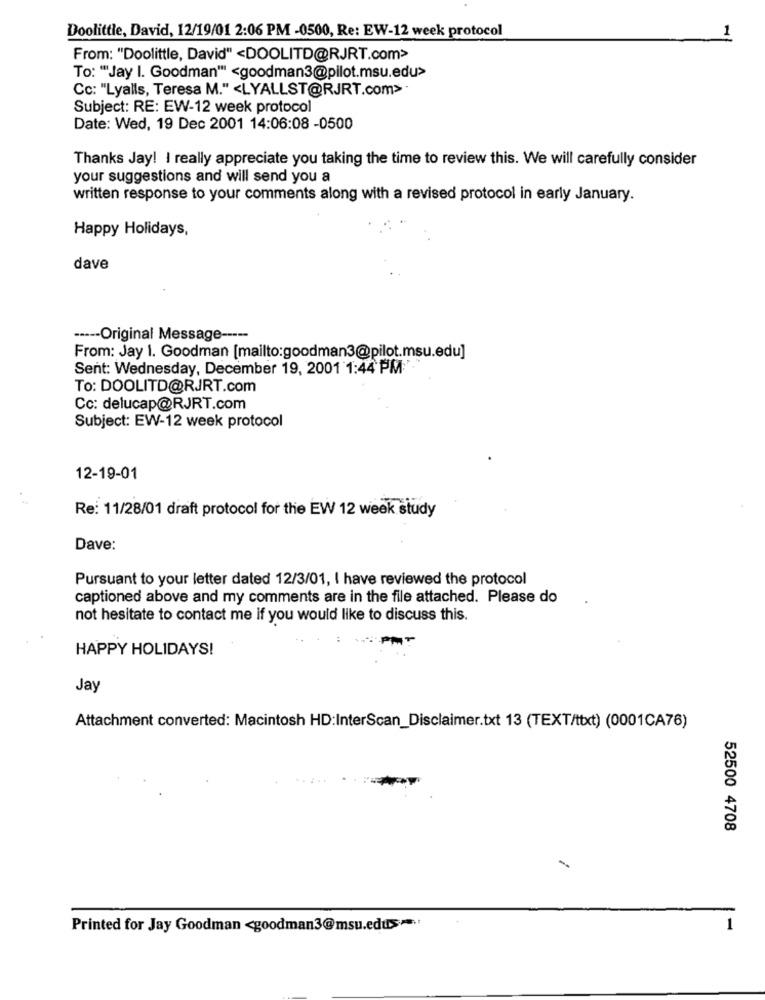
Doolittle, David, 12/19/01 2:06 PM -0500, Re: EW-12 week protocol
From: "Doolittle, David" <DOOLITD@RJRT.com>
To: "Jay I. Goodman" <goodman3@pilot.msu.edu>
Cc: "Lyalls, Teresa M." <LYALLST@RJRT.com>·
Subject: RE: EW-12 week protocol
Date: Wed, 19 Dec 2001 14:06:08 -0500
Thanks Jay! I really appreciate you taking the time to review this. We will carefully consider
your suggestions and will send you a
written response to your comments along with a revised protocol in early January.
Happy Holidays,
dave
----- Original Message -----
From: Jay 1. Goodman [mailto:goodman3@pilot.msu.edu]
Sent: Wednesday, December 19, 2001 1:44 PM:"-
To: DOOLITD@RJRT.com
Cc: delucap@RJRT.com
Subject: EW-12 week protocol
12-19-01
Re: 11/28/01 draft protocol for the EW 12 week study
Dave:
Pursuant to your letter dated 12/3/01, I have reviewed the protocol
captioned above and my comments are in the file attached. Please do
not hesitate to contact me if you would like to discuss this.
HAPPY HOLIDAYS!
Jay
Attachment converted: Macintosh HD:InterScan_Disclaimer.txt 13 (TEXT/ttxt) (0001CA76)
52500 4708
Printed for Jay Goodman <goodman3@msu.edu>> =.: